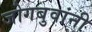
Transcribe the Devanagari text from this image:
जोगबुवांनी